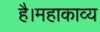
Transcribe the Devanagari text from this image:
है।महाकाव्य